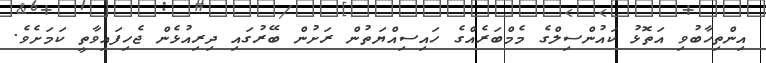
އިންތިހާބުވި އަތޮޅު ކައުންސިލްގެ މެމްބަރެއްގެ ހައިސިއްޔަތުން ރަށުން ބޭރުގައި ދިރިއުޅެން ޖެހިފައިވާތީ ކަމަށެވެ.